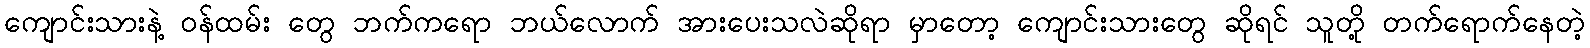
ကျောင်းသားနဲ့ ဝန်ထမ်း တွေ ဘက်ကရော ဘယ်လောက် အားပေးသလဲဆိုရာ မှာတော့ ကျောင်းသားတွေ ဆိုရင် သူတို့ တက်ရောက်နေတဲ့